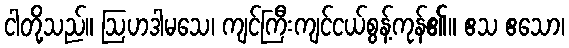
ငါတို့သည်။ ဩဟဒါမသေ၊ ကျင်ကြီးကျင်ငယ်စွန့်ကုန်၏။ ဧသ ဧသော၊